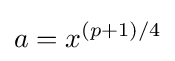
a=x^{(p+1)/4}